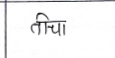
मजकूर: तीचा